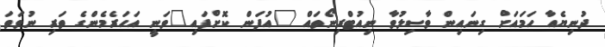
ދުނިޔެއާ ހަމައަށް ގިނައިން ވާސިލުވާ ނިއުޓްރިނޯތައް "އުފަން ކޮށްފައި"ވަނީ އަހަރެމެންގެ ތަރި ނުވަތަ